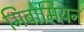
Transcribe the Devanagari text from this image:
मिबोमियन